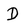
Character: D